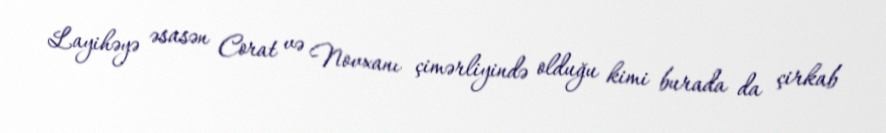
Layihəyə əsasən Corat və Novxanı çimərliyində olduğu kimi burada da çirkab